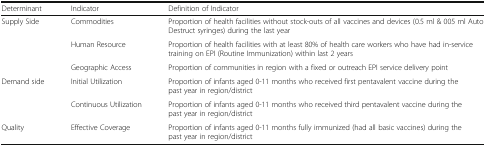
<table><thead><tr><td><b>Determinant</b></td><td><b>Indicator</b></td><td><b>Definition of Indicator</b></td></tr></thead><tbody><tr><td rowspan="3">Supply Side</td><td>Commodities</td><td>Proportion of health facilities without stock-outs of all vaccines and devices (0.5 ml &amp; 005 ml Auto Destruct syringes) during the last year</td></tr><tr><td>Human Resource</td><td>Proportion of health facilities with at least 80% of health care workers who have had in-service training on EPI (Routine Immunization) within last 2 years</td></tr><tr><td>Geographic Access</td><td>Proportion of communities in region with a fixed or outreach EPI service delivery point</td></tr><tr><td rowspan="2">Demand side</td><td>Initial Utilization</td><td>Proportion of infants aged 0-11 months who received first pentavalent vaccine during the past year in region/district</td></tr><tr><td>Continuous Utilization</td><td>Proportion of infants aged 0-11 months who received third pentavalent vaccine during the past year in region/district</td></tr><tr><td>Quality</td><td>Effective Coverage</td><td>Proportion of infants aged 0-11 months fully immunized (had all basic vaccines) during the past year in region/district</td></tr></tbody></table>